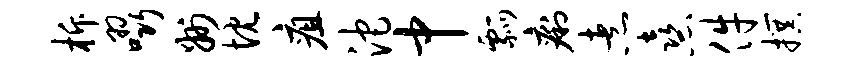
柝啜州忱疽沱中瓢痢煮熹件撰